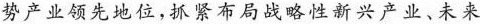
势产业领先地位，抓紧布局战略性新兴产业、未来